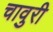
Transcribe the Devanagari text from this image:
चावुरी